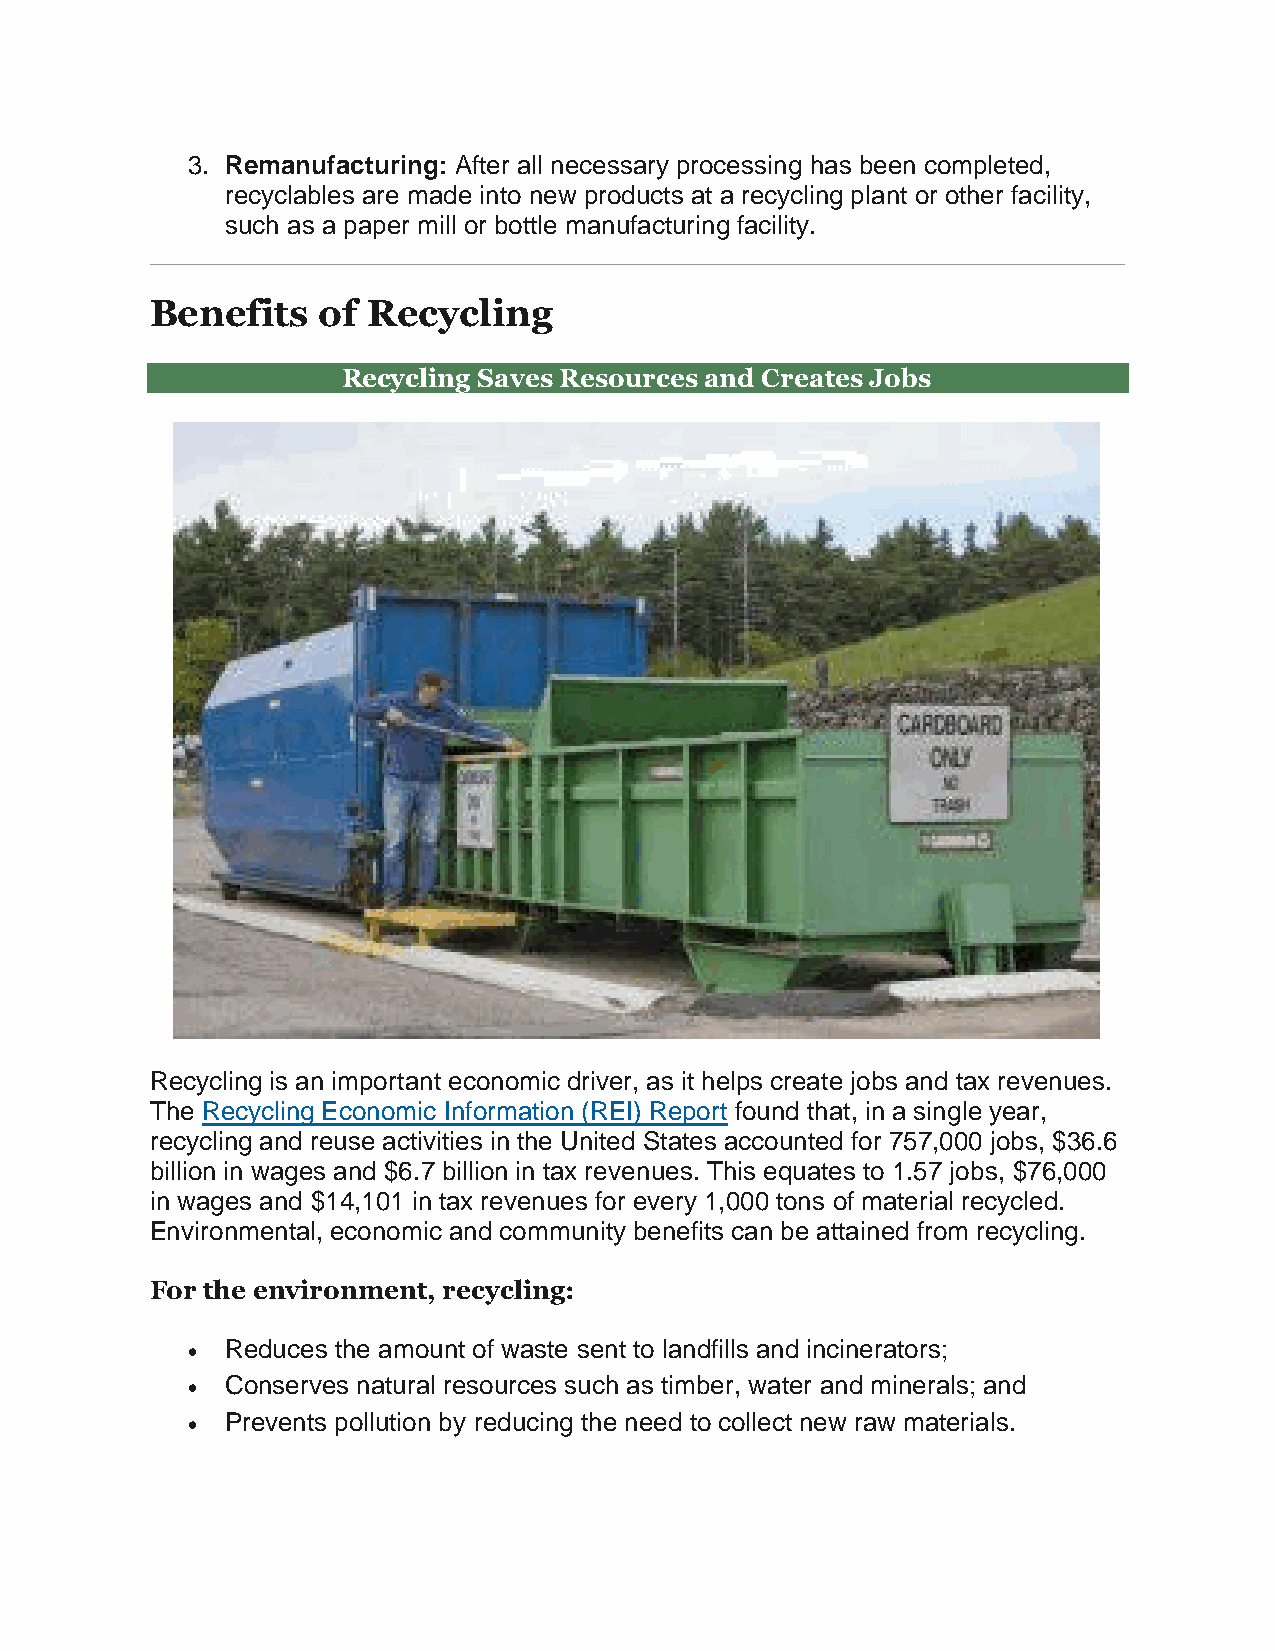
3. Remanufacturing: After all necessary processing has been completed,
 recyclables are made into new products at a recycling plant or other facility,
 such as a paper mill or bottle manufacturing facility.
 Benefits   of Recycling
 Recycling Saves Resources and Creates Jobs
 Recycling is an important economic driver, as it helps create jobs and tax revenues.
 The Recycling Economic Information (REI) Report found that, in a single year,
 recycling and reuse activities in the United States accounted for 757,000 jobs, $36.6
 billion in wages and $6.7 billion in tax revenues. This equates to 1.57 jobs, $76,000
 in wages and $14,101 in tax revenues for every 1,000 tons of material recycled.
 Environmental, economic and community benefits can be attained from recycling.
 For the environment, recycling:
   Reduces the amount of waste sent to landfills and incinerators;
   Conserves natural resources such as timber, water and minerals; and
   Prevents pollution by reducing the need to collect new raw materials.